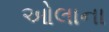
ઓલાના